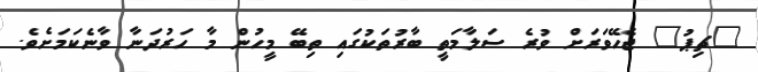
"ޗިޕު" ޖެހޭވަރަށް ވުރެ ސަލާމަތީ ބާރުތަކުގައި ތިބޭ މީހުން މާ ހަރުދަނާ ވާނެކަމަށެވެ.